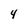
Character: 4